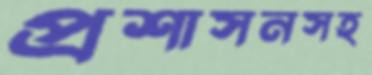
প্রশাসনসহ